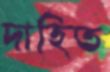
দাহিত